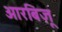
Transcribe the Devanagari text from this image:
आरबिज़ू